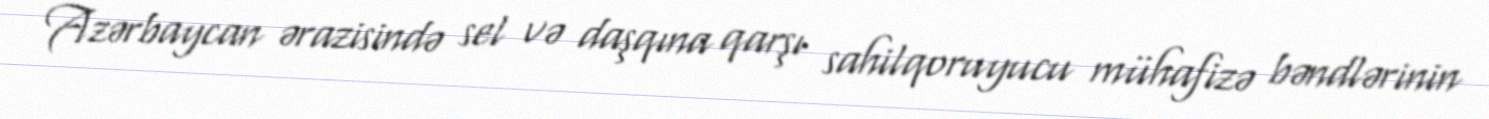
Azərbaycan ərazisində sel və daşqına qarşı sahilqoruyucu mühafizə bəndlərinin